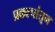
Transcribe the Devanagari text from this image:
प्रकल्पांतून